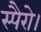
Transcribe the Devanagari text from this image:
स्पैरो।